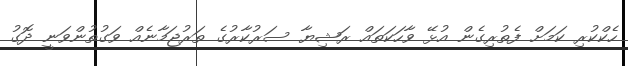
ހެކްކުރި ކަމަށް ފެތުރިގެން އުޅޭ ވާހަކަތައް ރަޝިޔާ ސަރުކާރުގެ ތަރުޖަމާނެއް ވަގުތުންވަނީ ދޮގު